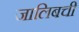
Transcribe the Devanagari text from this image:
जालिबची